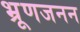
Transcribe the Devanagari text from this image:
भ्रूणजनन